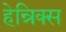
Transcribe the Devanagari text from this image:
हेन्रिक्स